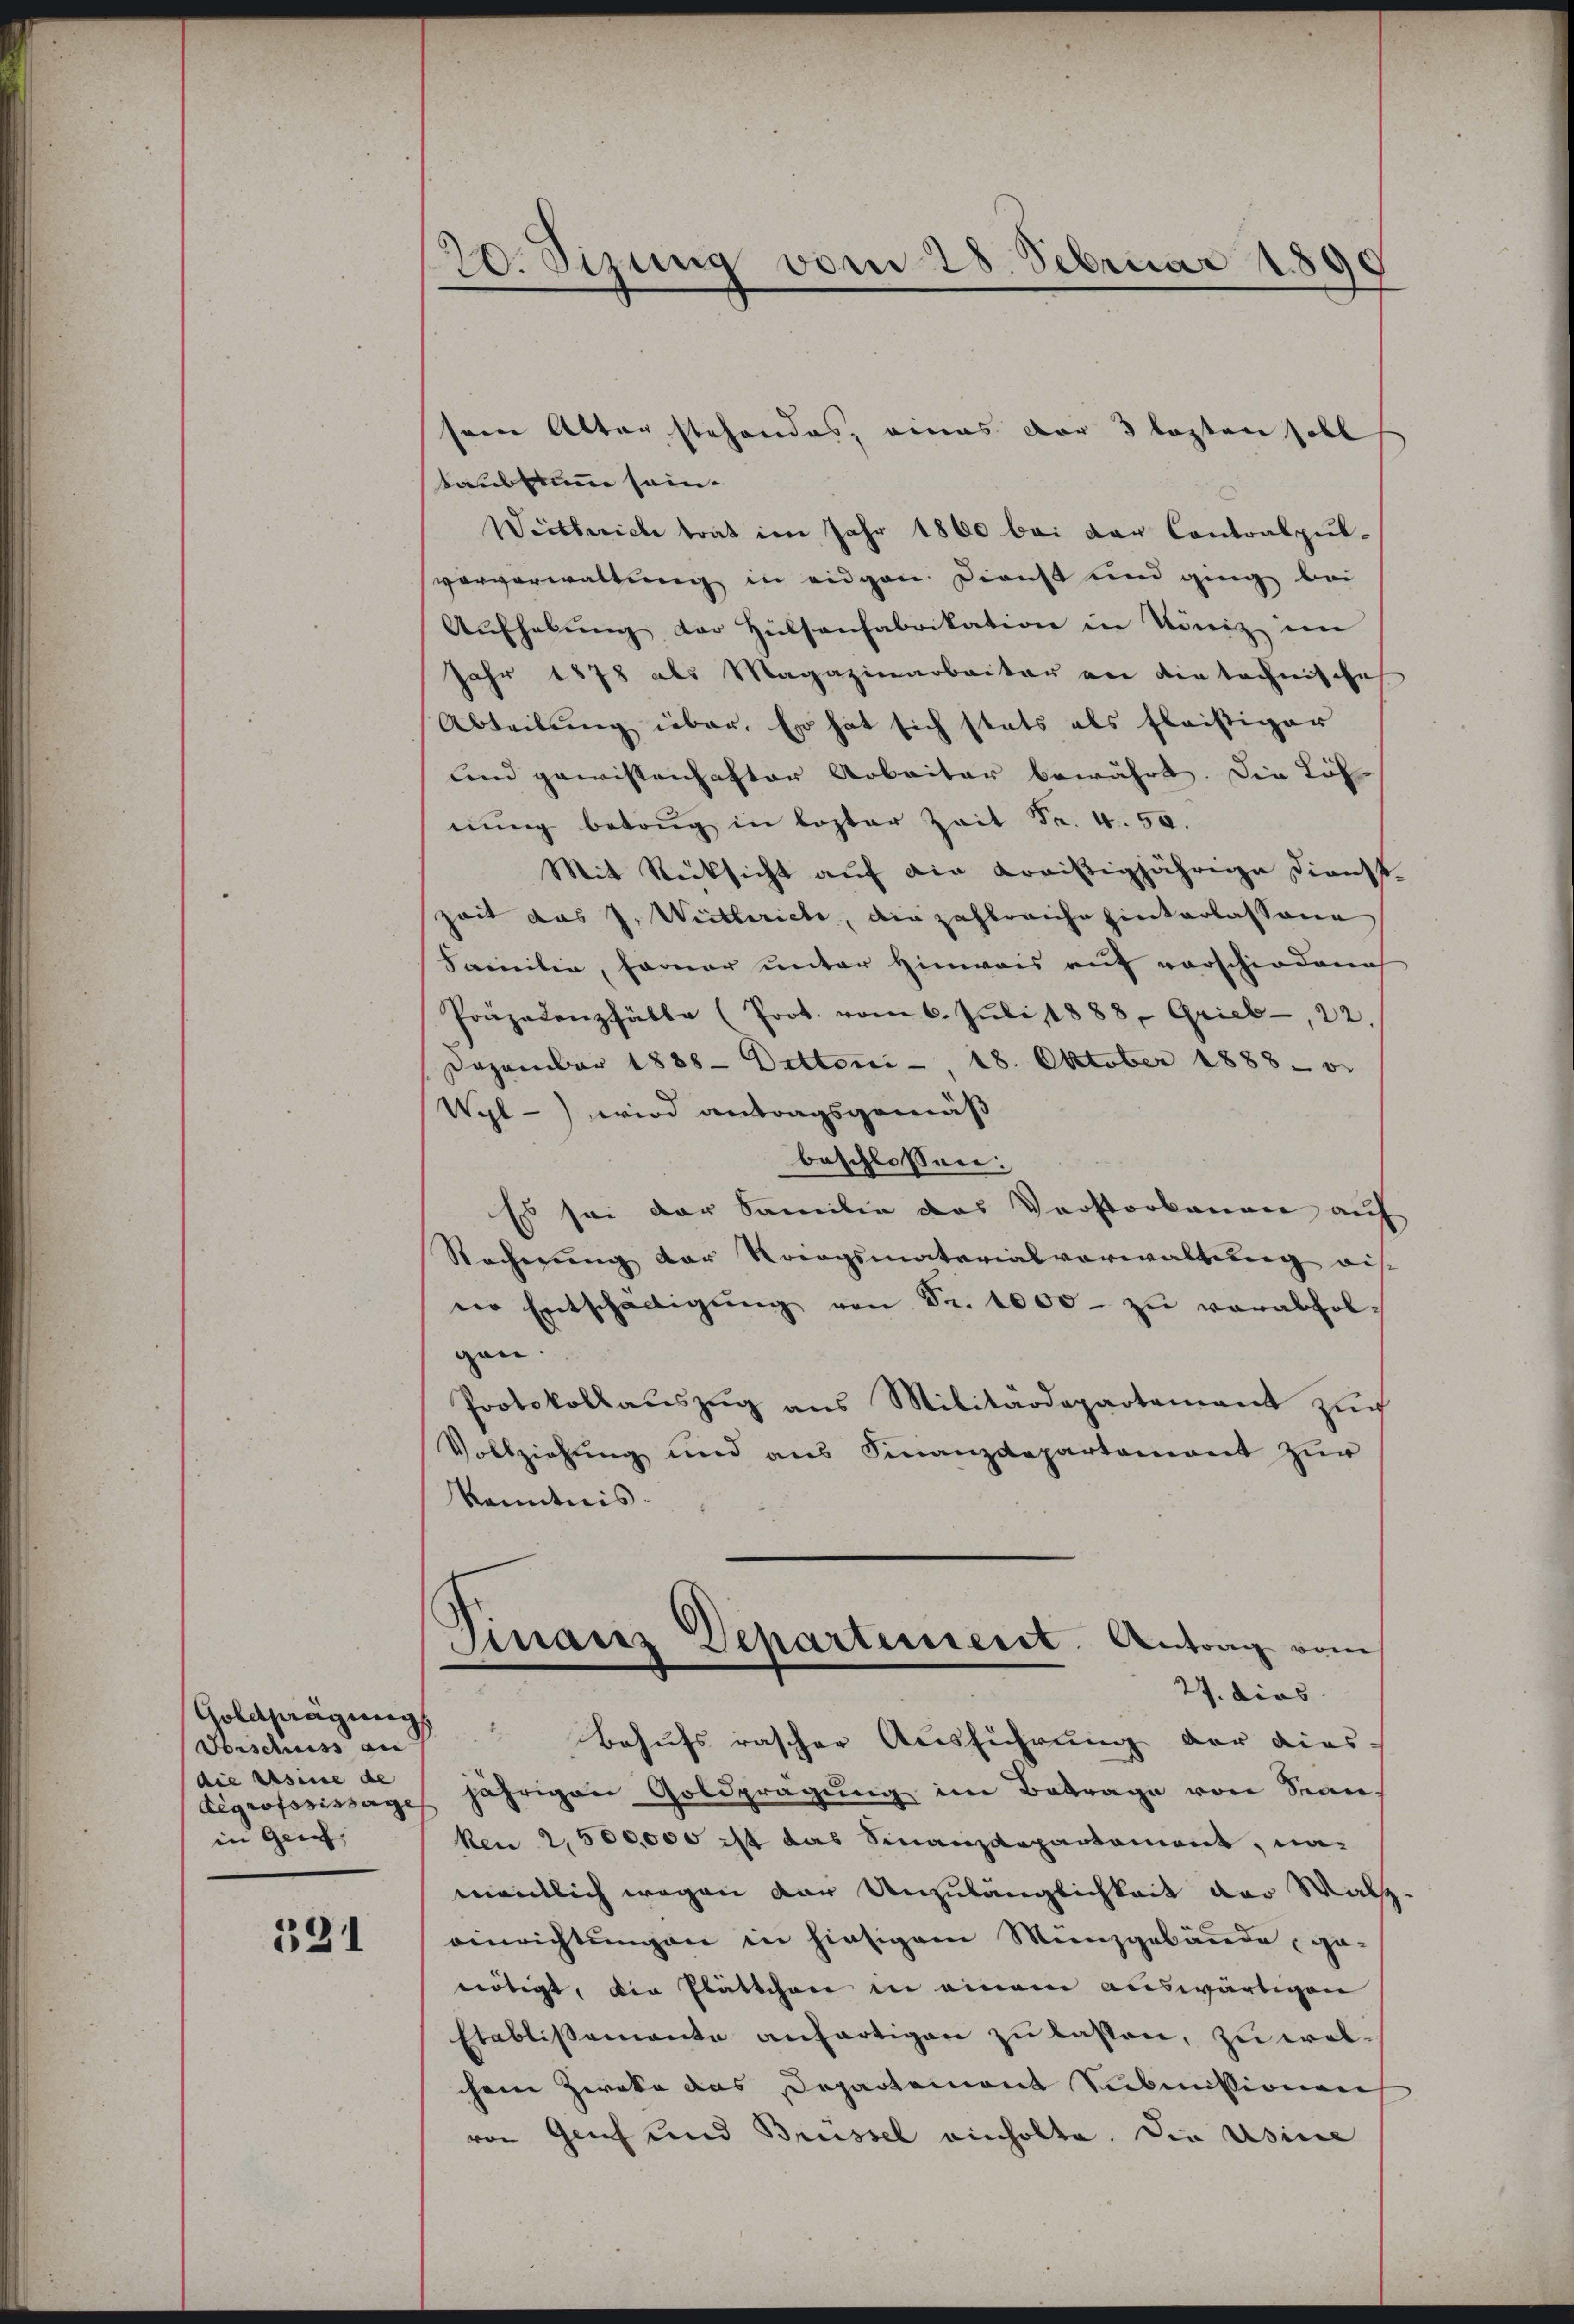
Goldfägung
Vorschuss an
(die Besine de
degrofosissage
in Genf,

531

20. Sizung vom 28. Februar 1890.
x

sein Alter stehendes, eines der 3 lezten soll
taubstumm sein.
Wietberich trat im Jahr 1860 bei der Cantonspul-
vorverwaltung in eidgen. Dienst und ging bei
Aufhebung der Hülsenfabrikation in König im
Jahr 1878 als Magazinarbeiter an die technische
Abteilung über. Es hat sich stats als fleißiger
und gewissenhafter Arbeiter bewährt. Die Löh
nŭng betrug in lezter Zeit Fr. 4. 50.
Mit Rücksicht auf die Loristigjährige Dienst.
zeit das J. Weitlerich, die Zahlreiche hinterlassene
Familie, Farner unter Hinweis auf vorschiedene
Präpadenzhälle (Prot. vom 6. Juli 1888, Grieb, 22.
Dezember 1888. Detten, 18. Oktober 1888 v.
Wyl-) wird antragsgemäß
beschlossen:
Es sei der Familie das Vorstorbenen auf
Racherŭng der Kriegsmaterialverwaltŭng auf
nr Entschädigŭng von Fr. 1000 - zu verabfolgen.
Protokollaŭszŭg ans Militärdepartement zŭr
Vollziehŭng und ans Finanzdepartement zŭr
kanntnis.
Finanz Departement. Antrag vom
27. dies
Behufs rascher Ausführung der dies-
jährigen Goldprägung im Betrage von San
ken 2,500,000 ist das Finanzdepartament, namentlich wegen der Unzulänglichkeit der Walz
einrichtŭngen in hiesigem Münzgebäude ge-
nötigt, die Plättchen in einem auswärtigen
Etablissemente anhartigen zu lassen, zu wolchem Zweke das Departement Submissionen
von Genf und Brüssel einholte. Die Usine